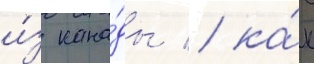
и́з кана́ды / ка́к